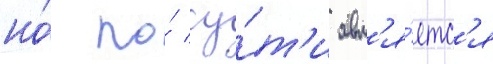
но́ по́ су́т'и явл'я́етс'я